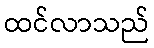
ထင်လာသည်